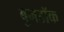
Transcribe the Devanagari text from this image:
बुनडॉक